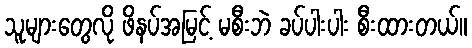
သူများတွေလို ဖိနပ်အမြင့် မစီးဘဲ ခပ်ပါးပါး စီးထားတယ်။